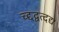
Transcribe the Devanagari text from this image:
च्द्दद्वत्दद्य